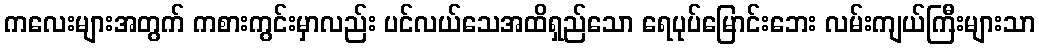
ကလေးများအတွက် ကစားကွင်းမှာလည်း ပင်လယ်သေအထိရှည်သော ရေပုပ်မြောင်းဘေး လမ်းကျယ်ကြီးများသာ